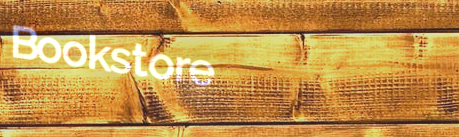
Bookstore